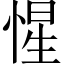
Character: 惺